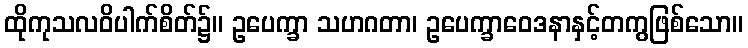
ထိုကုသလဝိပါက်စိတ်၌။ ဥပေက္ခာ သဟဂတာ၊ ဥပေက္ခာဝေဒနာနှင့်တကွဖြစ်သော။